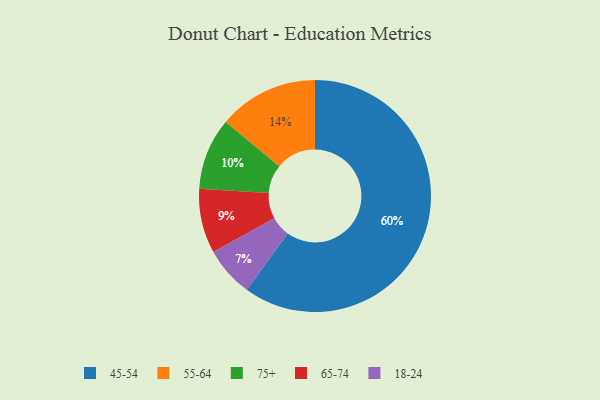
{"axis": {"x": "Category", "y": "Percentage"}, "legend": ["18-24", "45-54", "55-64", "65-74", "75+"], "data": [{"x": "45-54", "y": 60, "type": "45-54"}, {"x": "55-64", "y": 14, "type": "55-64"}, {"x": "65-74", "y": 9, "type": "65-74"}, {"x": "75+", "y": 10, "type": "75+"}, {"x": "18-24", "y": 7, "type": "18-24"}]}